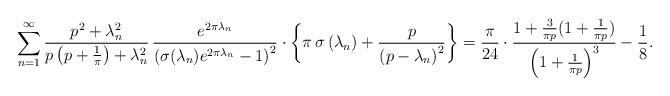
LaTeX: \begin{align*}\sum_{n=1}^{\infty}\frac{p^{2}+\lambda_{n}^{2}}{p\left(p+\frac{1}{\pi}\right)+\lambda_{n}^{2}}\,\frac{e^{2\pi\lambda_{n}}}{\left(\sigma(\lambda_{n})e^{2\pi\lambda_{n}}-1\right)^{2}}\cdot\left\{ \pi\,\sigma\left(\lambda_{n}\right)+\frac{p}{\left(p-\lambda_{n}\right)^{2}}\right\} =\frac{\pi}{24}\cdot\frac{1+\frac{3}{\pi p}(1+\frac{1}{\pi p})}{\left(1+\frac{1}{\pi p}\right)^{3}}-\frac{1}{8}.\end{align*}